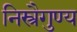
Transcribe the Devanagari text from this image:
निस्त्रैगुण्य